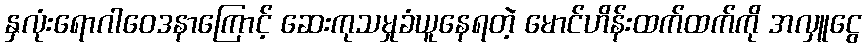
နှလုံးရောဂါဝေဒနာကြောင့် ဆေးကုသမှုခံယူနေရတဲ့ မောင်ဟိန်းထက်ထက်ကို အလှူငွေ